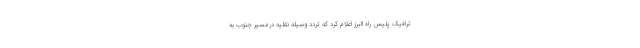
ترافیک پلیس راه البرز اعلام کرد که تردد وسیله نقلیه درمسیر جنوب به